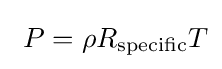
\ P=\rho R_{\rm {specific}}T